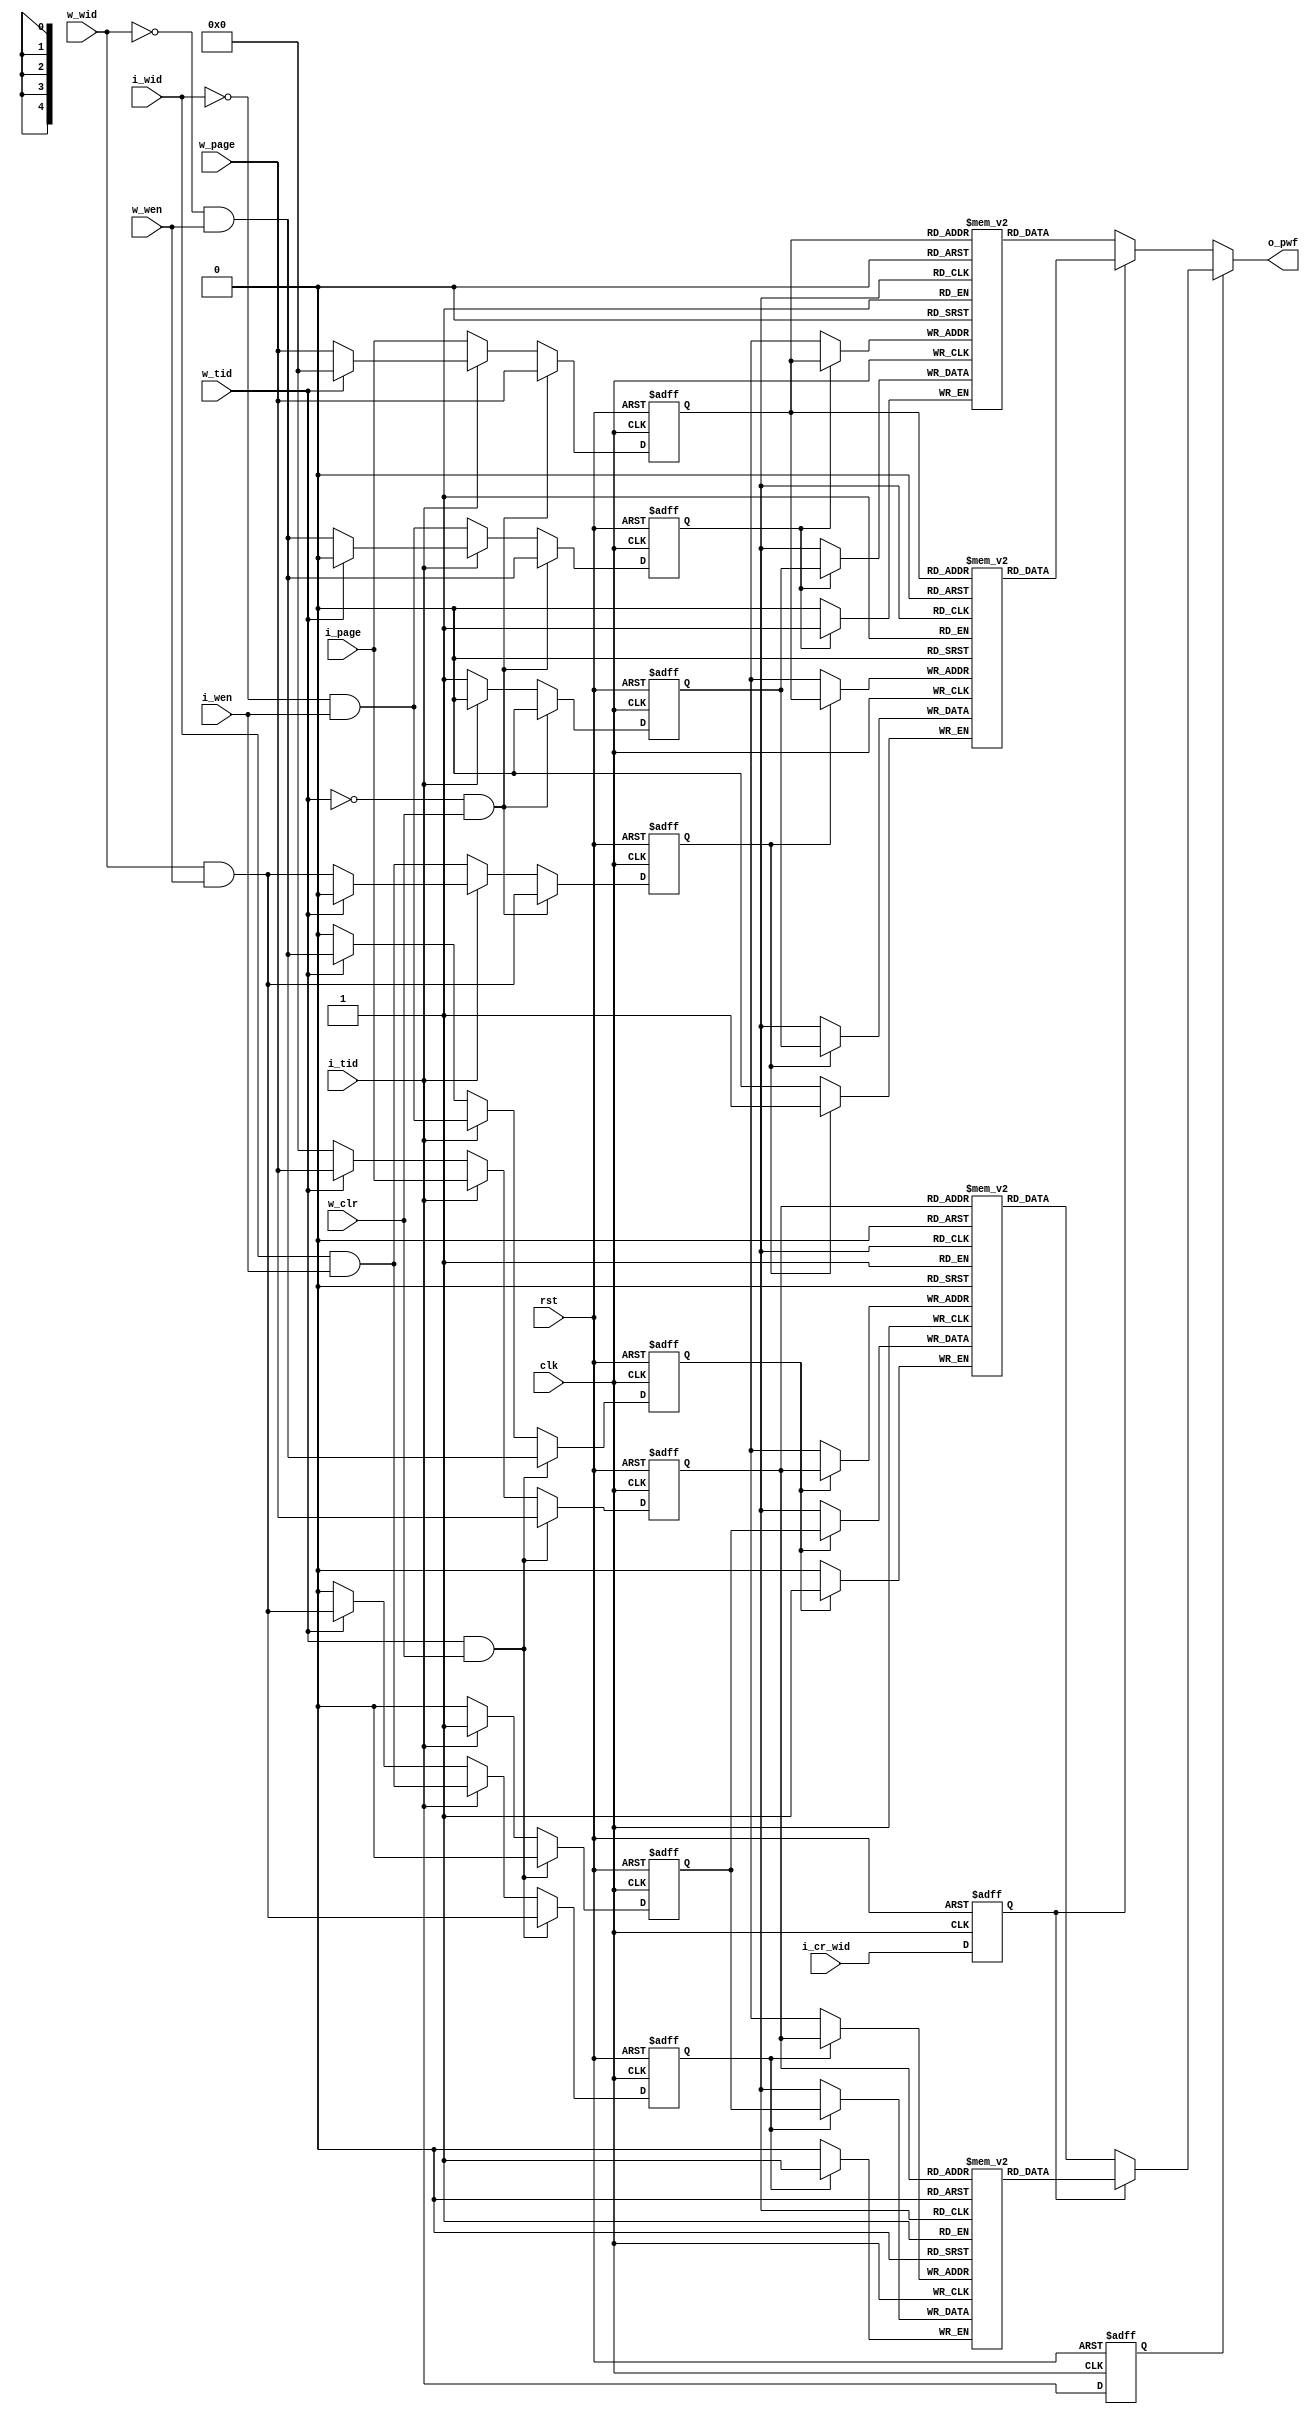
//=============================================================================
//    Main contributors
//      - Adam Luczak         <mailto:adam.luczak@outlook.com>
//=============================================================================
`default_nettype none
//-----------------------------------------------------------------------------
`timescale 1ns / 1ns                            
//=============================================================================
module eco32_core_lsu_dcu_pwf
# // parameters
( 
 parameter  PAGE_ADDR_WIDTH = 'd5
)
// ports
(
input  wire                         clk,
input  wire                         rst,

input  wire                         i_wen,
input  wire                         i_tid,
input  wire                         i_wid,
input  wire  [PAGE_ADDR_WIDTH-1:0]  i_page,
input  wire                         i_cr_wid,

output wire                         o_pwf,

input  wire                         w_clr,
input  wire                         w_wen,
input  wire                         w_tid,
input  wire                         w_wid,
input  wire  [PAGE_ADDR_WIDTH-1:0]  w_page
);                             
//==============================================================================================
// parameters
//==============================================================================================  
localparam          _PAW            =                                         (PAGE_ADDR_WIDTH);
localparam          _A              =                                         (PAGE_ADDR_WIDTH);
localparam          _T              =                                      1<<(PAGE_ADDR_WIDTH);
//==============================================================================================
// variables
//==============================================================================================  
`ifdef ALTERA
reg               t0_pwf_w0 [_T-1:0]/* synthesis syn_ramstyle="no_rw_check,MLAB" */;                
reg               t0_pwf_w1 [_T-1:0]/* synthesis syn_ramstyle="no_rw_check,MLAB" */; 
`else
reg               t0_pwf_w0 [_T-1:0]/* synthesis syn_ramstyle="select_ram,no_rw_check" */;                
reg               t0_pwf_w1 [_T-1:0]/* synthesis syn_ramstyle="select_ram,no_rw_check" */; 
`endif                         
reg               t0_we0;
reg               t0_we1;
reg               t0_di;
reg     [_A-1:0]  t0_addr;
//---------------------------------------------------------------------------------------------- 
`ifdef ALTERA
reg               t1_pwf_w0 [_T-1:0]/* synthesis syn_ramstyle="no_rw_check,MLAB" */;                
reg               t1_pwf_w1 [_T-1:0]/* synthesis syn_ramstyle="no_rw_check,MLAB" */; 
`else
reg               t1_pwf_w0 [_T-1:0]/* synthesis syn_ramstyle="select_ram,no_rw_check" */;                
reg               t1_pwf_w1 [_T-1:0]/* synthesis syn_ramstyle="select_ram,no_rw_check" */; 
`endif                                       
reg               t1_we0;
reg               t1_we1;
reg               t1_di;
reg     [_A-1:0]  t1_addr;
//----------------------------------------------------------------------------------------------
reg               ti_wid;
reg               ti_tid;
//==============================================================================================
// page write detector
//==============================================================================================
// T0 way
//==============================================================================================
always@(posedge clk or posedge rst) 
 if(rst)
    begin
        t0_we0              <=                                                              'd0;
        t0_we1              <=                                                              'd0;
        t0_di         <=                                                                       'd0;
        t0_addr             <=                                                              'd0;
    end     
else if(w_tid==1'd0 & w_clr)
    begin
        t0_we0              <=                                             (w_wid==1'b0) & w_wen;
        t0_we1              <=                                             (w_wid==1'b1) & w_wen;
        t0_di               <=                                                              1'd0;
        t0_addr             <=                                                            w_page;
    end
else if(i_tid==1'd0)
    begin
        t0_we0              <=                                             (i_wid==1'b0) & i_wen;
        t0_we1              <=                                             (i_wid==1'b1) & i_wen;
        t0_di               <=                                                              1'd1;
        t0_addr             <=                                                            i_page;
    end
else if(w_tid==1'd0)
    begin
        t0_we0              <=                                             (w_wid==1'b0) & w_wen;
        t0_we1              <=                                             (w_wid==1'b1) & w_wen;
        t0_di               <=                                                              1'd0;
        t0_addr             <=                                                            w_page;
    end
else 
    begin
        t0_we0              <=                                                              'd0;
        t0_we1              <=                                                              'd0;
        t0_di               <=                                                              'd0;
        t0_addr             <=                                                              'd0;
    end
//----------------------------------------------------------------------------------------------
always@(posedge clk) 
 if(t0_we0) 
     begin  
        t0_pwf_w0 [t0_addr] <= t0_di;
     end
//----------------------------------------------------------------------------------------------
always@(posedge clk) 
 if(t0_we1) 
     begin  
        t0_pwf_w1 [t0_addr] <= t0_di;
     end
//==============================================================================================
// T0 way
//==============================================================================================
always@(posedge clk or posedge rst) 
 if(rst)
    begin
        t1_we0              <=                                                             1'd0;
        t1_we1              <=                                                             1'd0;
        t1_di               <=                                                             1'd0;
        t1_addr             <=                                                              'd0;
    end     
else if(w_tid==1'd1 & w_clr)
    begin
        t1_we0              <=                                            (w_wid==1'b0) & w_wen;
        t1_we1              <=                                            (w_wid==1'b1) & w_wen;
        t1_di               <=                                                             1'd0;
        t1_addr             <=                                                           w_page;
    end
else if(i_tid==1'd1)
    begin
        t1_we0              <=                                            (i_wid==1'b0) & i_wen;
        t1_we1              <=                                            (i_wid==1'b1) & i_wen;
        t1_di               <=                                                             1'd1;
        t1_addr             <=                                                   {i_wid,i_page};
    end
else if(w_tid==1'd1)
    begin
        t1_we0              <=                                            (w_wid==1'b0) & w_wen;
        t1_we1              <=                                            (w_wid==1'b1) & w_wen;
        t1_di               <=                                                             1'd0;
        t1_addr             <=                                                           w_page;
    end
else 
    begin
        t1_we0              <=                                                              'd0;
        t1_we1              <=                                                              'd0;
        t1_di               <=                                                              'd0;
        t1_addr             <=                                                              'd0;
    end
//----------------------------------------------------------------------------------------------
always@(posedge clk) 
 if(t1_we0) 
     begin  
        t1_pwf_w0 [t1_addr] <=                                                            t1_di;
     end
//----------------------------------------------------------------------------------------------
always@(posedge clk) 
 if(t1_we1) 
     begin  
        t1_pwf_w1 [t1_addr] <=                                                            t1_di;
     end
//==============================================================================================
// output
//==============================================================================================
always@(posedge clk or posedge rst) 
 if(rst)
    begin
        ti_wid              <=                                                              'd0;
        ti_tid              <=                                                              'd0;
    end     
else 
    begin
        ti_wid              <=                                                         i_cr_wid;
        ti_tid              <=                                                            i_tid;
    end
//----------------------------------------------------------------------------------------------
wire        pwf_t0           = (ti_wid) ?               t0_pwf_w1[t0_addr] : t0_pwf_w0[t0_addr];
wire        pwf_t1           = (ti_wid) ?               t1_pwf_w1[t1_addr] : t1_pwf_w0[t1_addr];
//----------------------------------------------------------------------------------------------
assign      o_pwf            = (ti_tid) ?                                       pwf_t1 : pwf_t0;
//==============================================================================================
endmodule